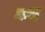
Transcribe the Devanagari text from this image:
म्यन्गद